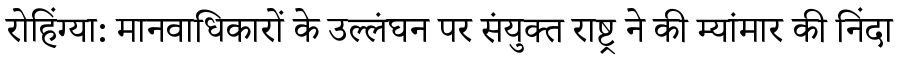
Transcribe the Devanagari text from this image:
रोहिंग्या: मानवाधिकारों के उल्लंघन पर संयुक्त राष्ट्र ने की म्यांमार की निंदा